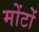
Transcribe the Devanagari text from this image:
मोंटों